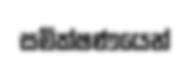
සමික්ෂණයෙන්